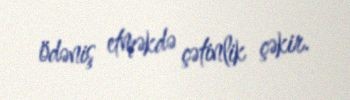
ödəniş etməkdə çətinlik çəkir.